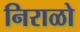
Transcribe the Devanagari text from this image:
निराळो